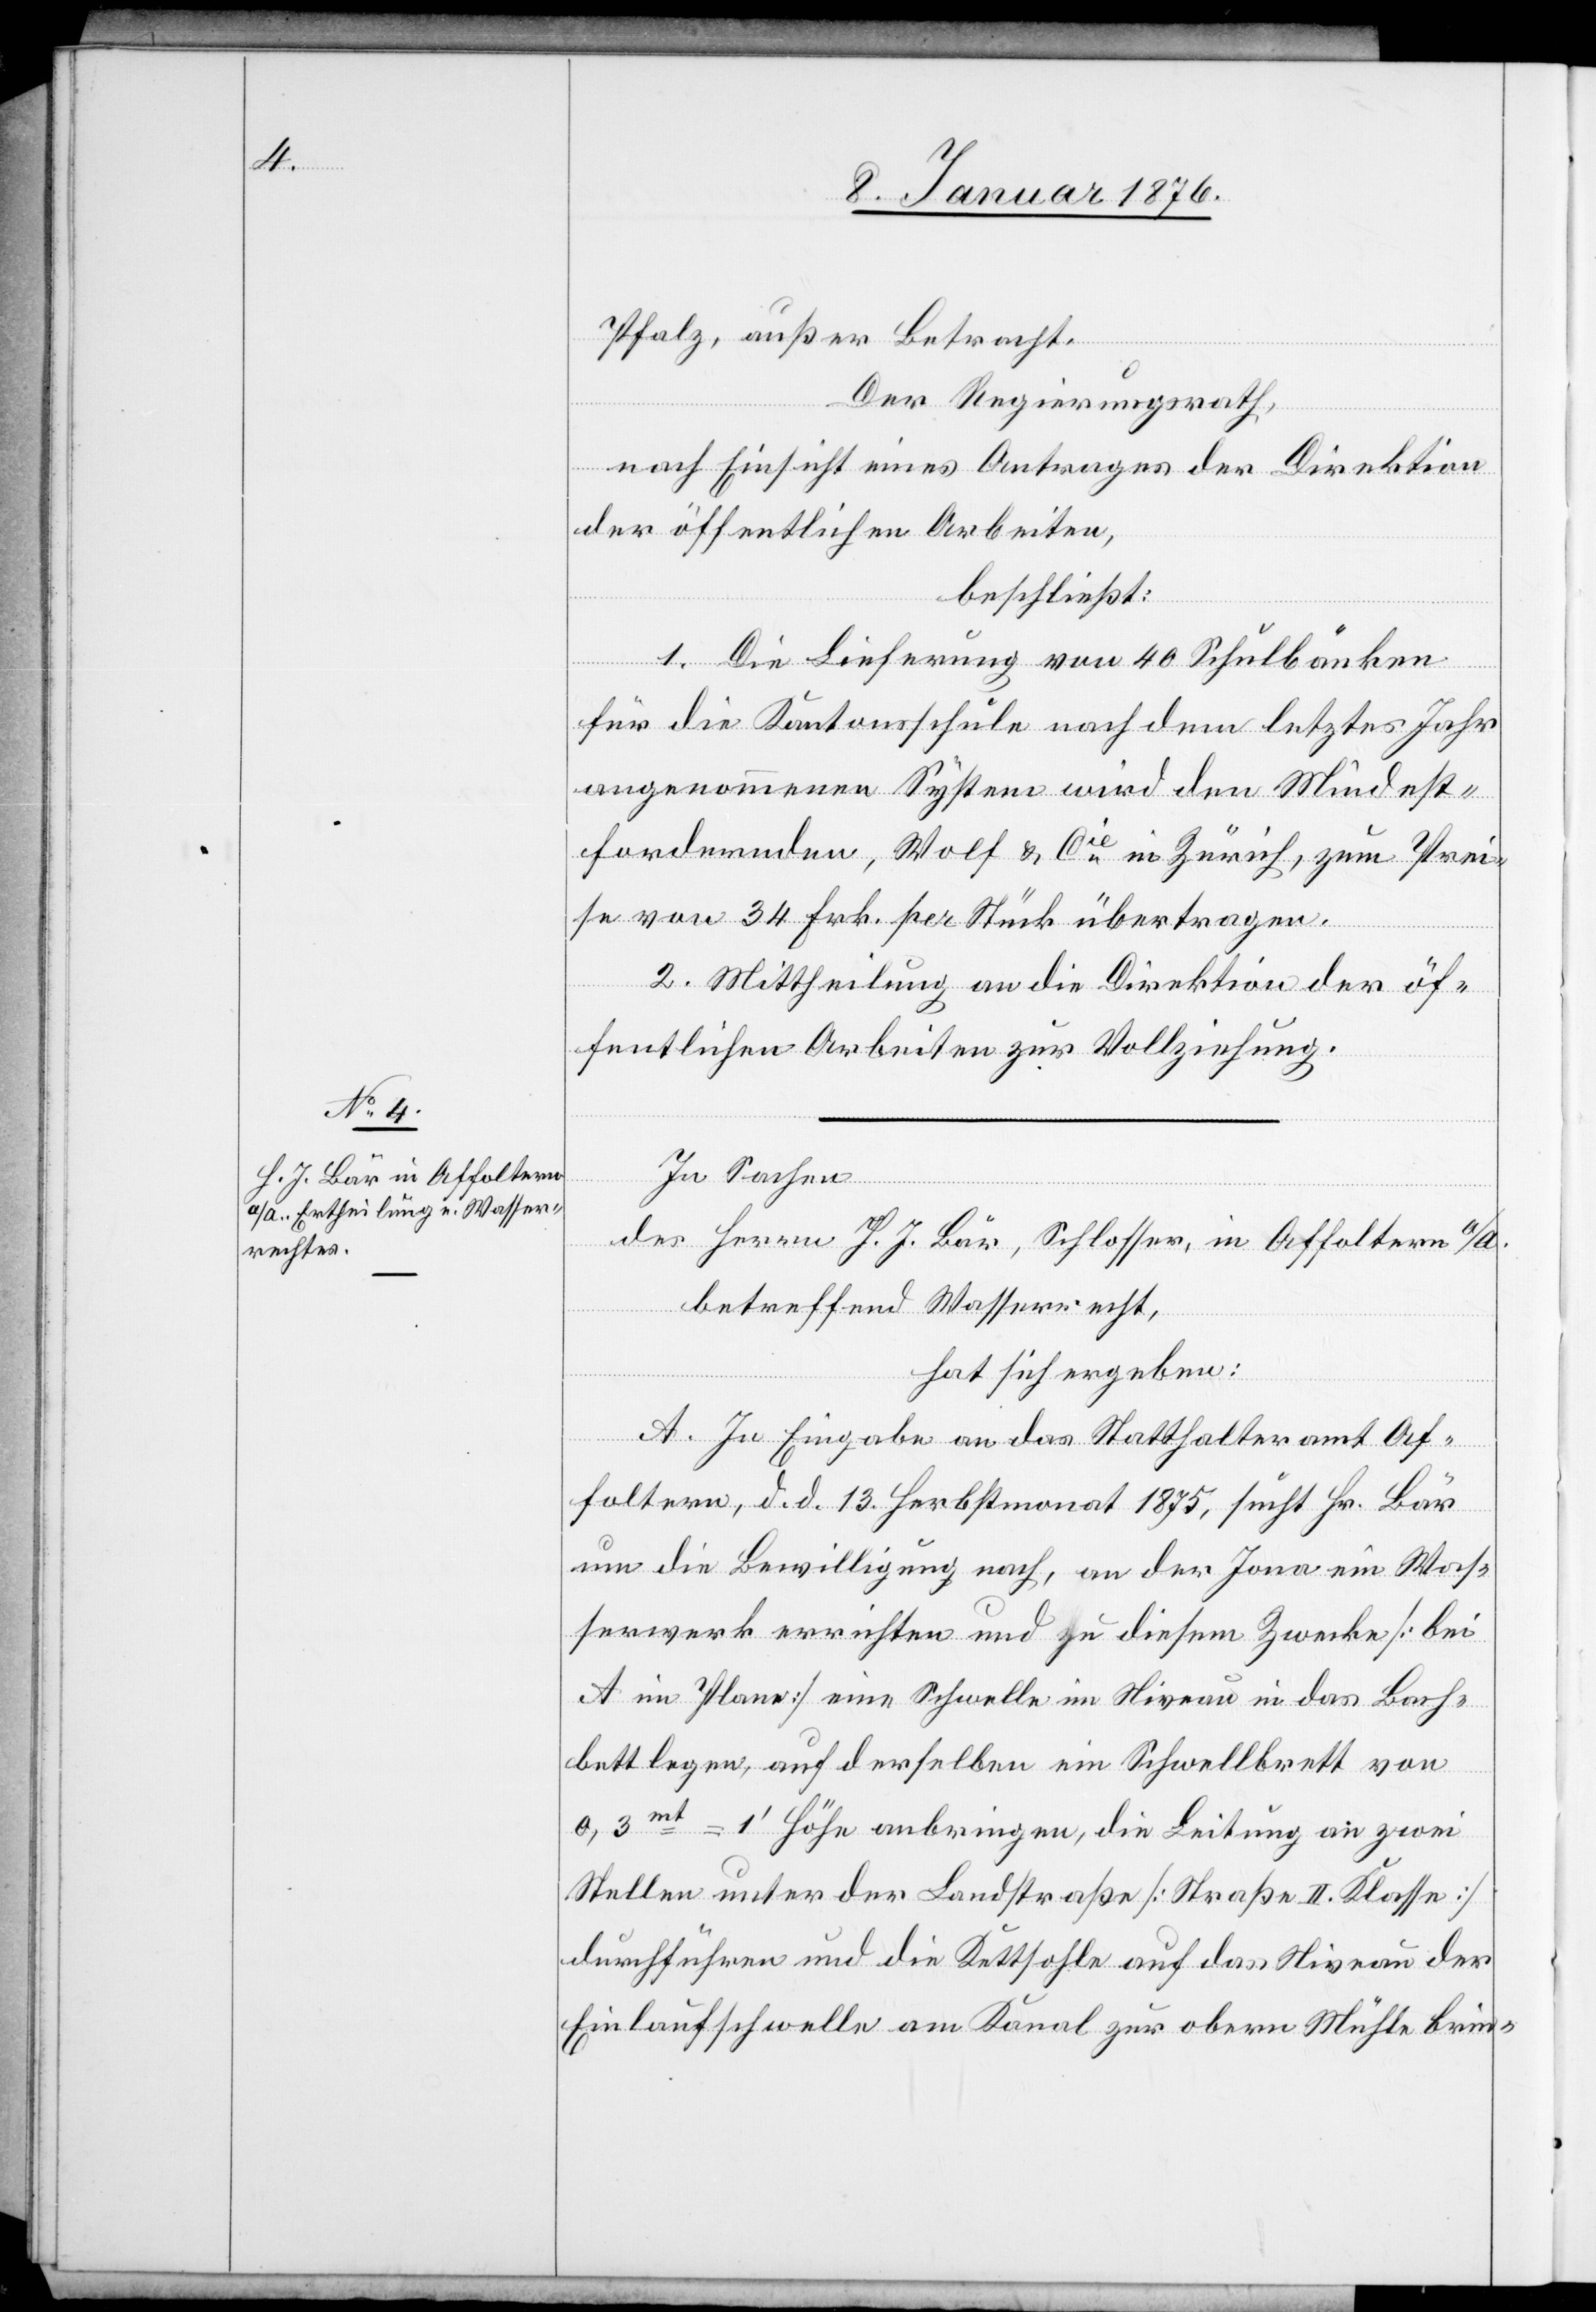
Pfalz, außer Betracht.
Der Regierungsrath,
nach Einsicht eines Antrages der Direktion
der öffentlichen Arbeiten,
beschließt:
1. Die Lieferung von 40 Schulbänken
für die Kantonsschule nach dem letztes Jahr
angenommenen System wird den Mindest¬
fordernden, Wolf & Cie. in Zürich, zum Prei¬
se von 34 Frk. per Stück übertragen.
2. Mittheilung an die Direktion der öf¬
fentlichen Arbeiten zur Vollziehung.
In Sachen
des Herrn H. J. Bär, Schlosser, in Affoltern a/A.
betreffend Wasserrecht,
hat sich ergeben:
A. In Eingabe an das Statthalteramt Af¬
foltern, d. d. 13. Herbstmonat 1875, sucht Hr. Bär
um die Bewilligung nach, an der Jona ein Was¬
serwerk errichten und zu diesem Zwecke [bei
A im Plane] eine Schwelle im Niveau in das Bach¬
bett legen, auf derselben ein Schwellbrett von
0,3mt 1‘ Höhe anbringen, die Leitung an zwei
Stellen unter der Landstraße [Straße II. Klasse]
durchführen und die Kettsohle auf das Niveau der
Einlaufschwelle am Kanal zur obern Mühle brin-